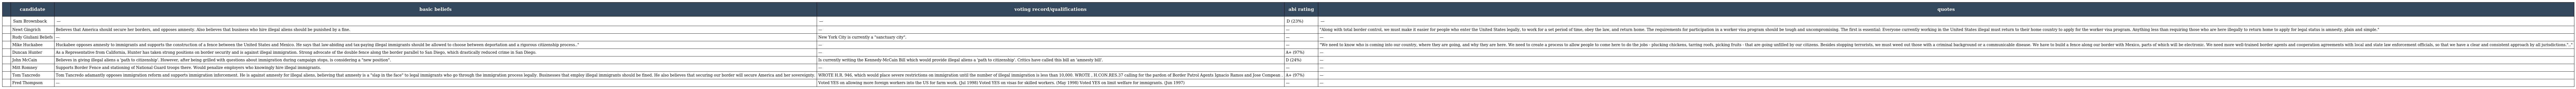
|  | candidate | basic beliefs | voting record/qualifications | abi rating | quotes |
 | --- | --- | --- | --- | --- | --- |
 |  | Sam Brownback | — | — | D (23%) | — |
 |  | Newt Gingrich | Believes that America should secure her borders, and opposes amnesty. Also believes that business who hire illegal aliens should be punished by a fine. | — | — | "Along with total border control, we must make it easier for people who enter the United States legally, to work for a set period of time, obey the law, and return home. The requirements for participation in a worker visa program should be tough and uncompromising. The first is essential: Everyone currently working in the United States illegal must return to their home country to apply for the worker visa program. Anything less than requiring those who are here illegally to return home to apply for legal status is amnesty, plain and simple." |
 |  | Rudy Giuliani Beliefs | — | New York City is currently a "sanctuary city". | — | — |
 |  | Mike Huckabee | Huckabee opposes amnesty to immigrants and supports the construction of a fence between the United States and Mexico. He says that law-abiding and tax-paying illegal immigrants should be allowed to choose between deportation and a rigorous citizenship process.." | — | — | "We need to know who is coming into our country, where they are going, and why they are here. We need to create a process to allow people to come here to do the jobs - plucking chickens, tarring roofs, picking fruits - that are going unfilled by our citizens. Besides stopping terrorists, we must weed out those with a criminal background or a communicable disease. We have to build a fence along our border with Mexico, parts of which will be electronic. We need more well-trained border agents and cooperation agreements with local and state law enforcement officials, so that we have a clear and consistent approach by all jurisdictions.".." |
 |  | Duncan Hunter | As a Representative from California, Hunter has taken strong positions on border security and is against illegal immigration. Strong advocate of the double fence along the border parallel to San Diego, which drastically reduced crime in San Diego. | — | A+ (97%) | — |
 |  | John McCain | Believes in giving illegal aliens a 'path to citizenship'. However, after being grilled with questions about immigration during campaign stops, is considering a "new position". | Is currently writing the Kennedy-McCain Bill which would provide illegal aliens a 'path to citizenship'. Critics have called this bill an 'amnesty bill'. | D (24%) | — |
 |  | Mitt Romney | Supports Border Fence and stationing of National Guard troops there. Would penalize employers who knowingly hire illegal immigrants. | — | — | — |
 |  | Tom Tancredo | Tom Tancredo adamantly opposes immigration reform and supports immigration inforcement. He is against amnesty for illegal aliens, believing that amnesty is a "slap in the face" to legal immigrants who go through the immigration process legally. Businesses that employ illegal immigrants should be fined. He also believes that securing our border will secure America and her sovereignty. | WROTE H.R. 946, which would place severe restrictions on immigration until the number of illegal immigration is less than 10,000. WROTE , H.CON.RES.37 calling for the pardon of Border Patrol Agents Ignacio Ramos and Jose Compean . | A+ (97%) | — |
 |  | Fred Thompson | — | Voted YES on allowing more foreign workers into the US for farm work. (Jul 1998) Voted YES on visas for skilled workers. (May 1998) Voted YES on limit welfare for immigrants. (Jun 1997) | — | — |